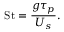
\mathrm { S t } = \frac { g \tau _ { p } } { U _ { s } } .